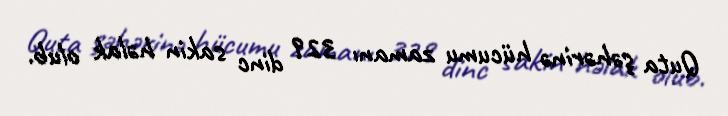
Quta şəhərinə hücumu zamanı 329 dinc sakin həlak olub.